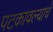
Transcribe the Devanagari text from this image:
पटकावल्याचे